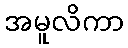
အမူလိကာ